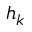
h _ { k }